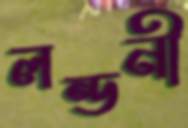
লন্ডনী